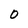
Character: O